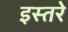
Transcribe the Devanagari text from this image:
इस्तरे